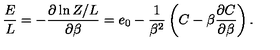
{ \frac { E } { L } } = - { \frac { \partial \ln Z / L } { \partial \beta } } = e _ { 0 } - { \frac { 1 } { \beta ^ { 2 } } } \left( C - \beta { \frac { \partial C } { \partial \beta } } \right) .